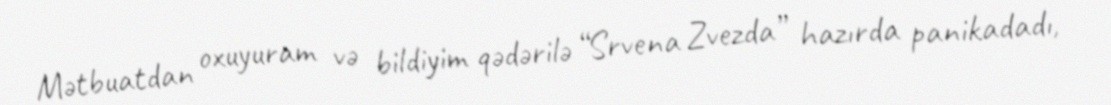
Mətbuatdan oxuyuram və bildiyim qədərilə “Srvena Zvezda” hazırda panikadadı,